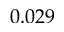
0 . 0 2 9